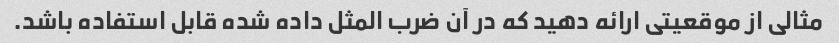
مثالی از موقعیتی ارائه دهید که در آن ضرب المثل داده شده قابل استفاده باشد.